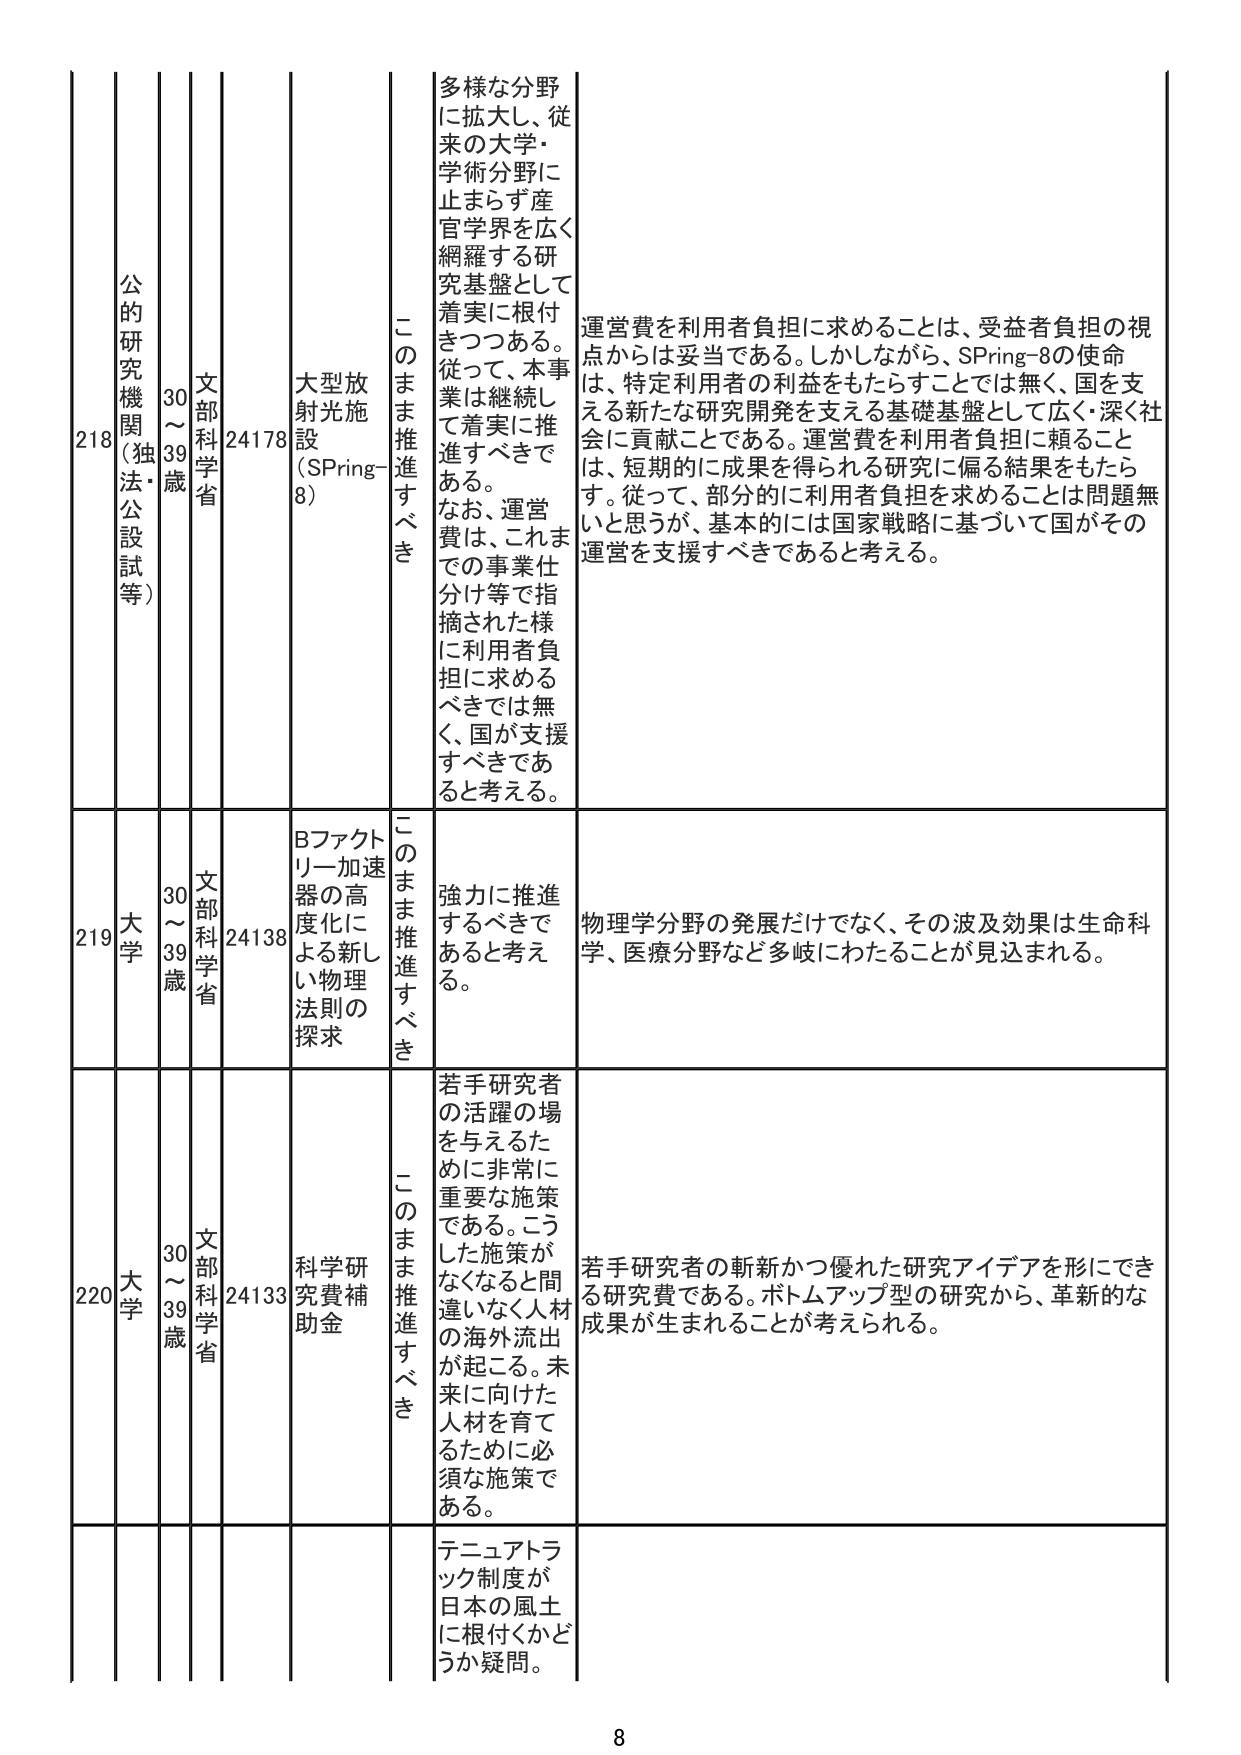
218 公的研究機関（独法・公設試等） 30～39歳 文部科学省 24178 大型放射光施設（SPring-8） このまま推進すべき 多様な分野に拡大し、従来の大学・学術分野に止まらず産官学界を広く網羅する研究基盤として着実に根付きつつある。従って、本事業は継続して着実に推進すべきである。なお、運営費は、これまでの事業仕分け等で指摘された様に利用者負担に求めるべきでは無く、国が支援すべきであると考える。 運営費を利用者負担に求めることは、受益者負担の視点からは妥当である。しかしながら、SPring-8の使命は、特定利用者の利益をもたらすことでは無く、国を支える新たな研究開発を支える基礎基盤として広く・深く社会に貢献ことである。運営費を利用者負担に頼ることは、短期的に成果を得られる研究に偏る結果をもたらす。従って、部分的に利用者負担を求めることは問題無いと思うが、基本的には国家戦略に基づいて国がその運営を支援すべきであると考える。

219 大学 30～39歳 文部科学省 24138 Bファクトリー加速器の高度化による新しい物理法則の探求 このまま推進すべき 強力に推進するべきであると考える。 物理学分野の発展だけでなく、その波及効果は生命科学、医療分野など多岐にわたることが見込まれる。

220 大学 30～39歳 文部科学省 24133 科学研究費補助金 このまま推進すべき 若手研究者の活躍の場を与えるために非常に重要な施策である。こうした施策がなくなると間違いなく人材の海外流出が起こる。未来に向けた人材を育てるために必須な施策である。 若手研究者の斬新かつ優れた研究アイデアを形にできる研究費である。ボトムアップ型の研究から、革新的な成果が生まれることが考えられる。

テニュアトラック制度が日本の風土に根付くかどうか疑問。

8